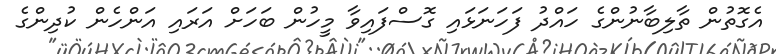
އެގޮތުން ތާލިބާނުންގެ ހައްދު ފަހަނަޅައި ގޮސްފައިވާ މީހުން ބަހަށް އަރައި އަންހެން ކުދިންގެ